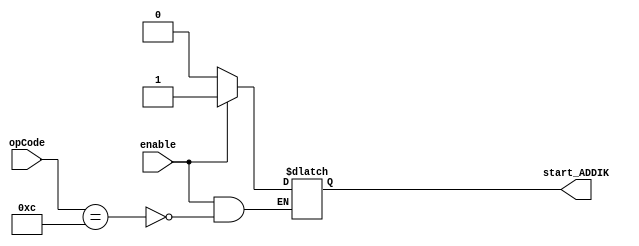
module Decoder(enable, opCode, start_ADDIK);

input enable;
input[5:0] opCode;

output reg start_ADDIK;

always @(*)
begin
    if(enable) begin
        case(opCode)
    
            6'b001100: begin
                start_ADDIK <= 1;
            end
        endcase
    end
    else begin
       start_ADDIK <= 0;
    end
end

endmodule